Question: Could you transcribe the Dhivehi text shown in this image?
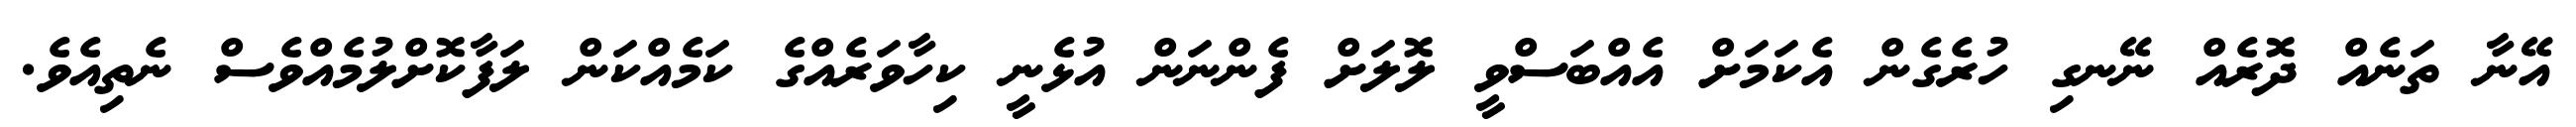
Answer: އޭނާ ތަނެއް ދޮރެއް ނޭނގި ހުރެގެން އެކަމަށް އެއްބަސްވީ ލޮލަށް ފެންނަން އުޅެނީ ކިހާވަރެއްގެ ކަމެއްކަން ލަފާކޮށްލުމެއްވެސް ނެތިއެވެ.